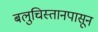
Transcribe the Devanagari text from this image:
बलुचिस्तानपासून